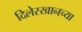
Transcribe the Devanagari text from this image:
दिलेरखानच्या